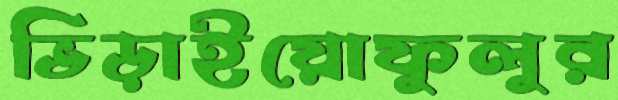
ভিড়াইয়োফুলুর